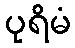
ပုရိမံ